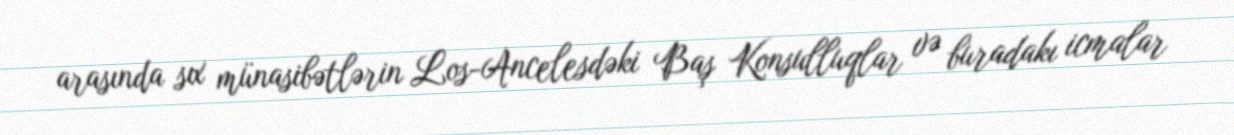
arasında sıx münasibətlərin Los-Ancelesdəki Baş Konsulluqlar və buradakı icmalar